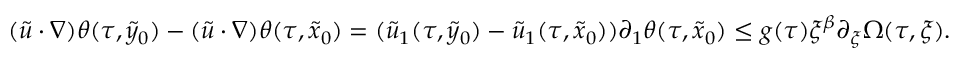
( \widetilde u \cdot \nabla ) \theta ( \tau , \tilde { y } _ { 0 } ) - ( \widetilde u \cdot \nabla ) \theta ( \tau , \tilde { x } _ { 0 } ) = ( \widetilde u _ { 1 } ( \tau , \tilde { y } _ { 0 } ) - \widetilde u _ { 1 } ( \tau , \tilde { x } _ { 0 } ) ) \partial _ { 1 } \theta ( \tau , \tilde { x } _ { 0 } ) \leq g ( \tau ) \xi ^ { \beta } \partial _ { \xi } \Omega ( \tau , \xi ) .